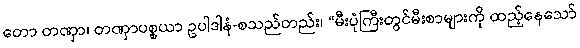
တော တဏှာ၊ တဏှာပစ္စယာ ဥပါဒါနံ-စသည်တည်း၊ “မီးပုံကြီးတွင်မီးစာများကို ထည့်နေသော်